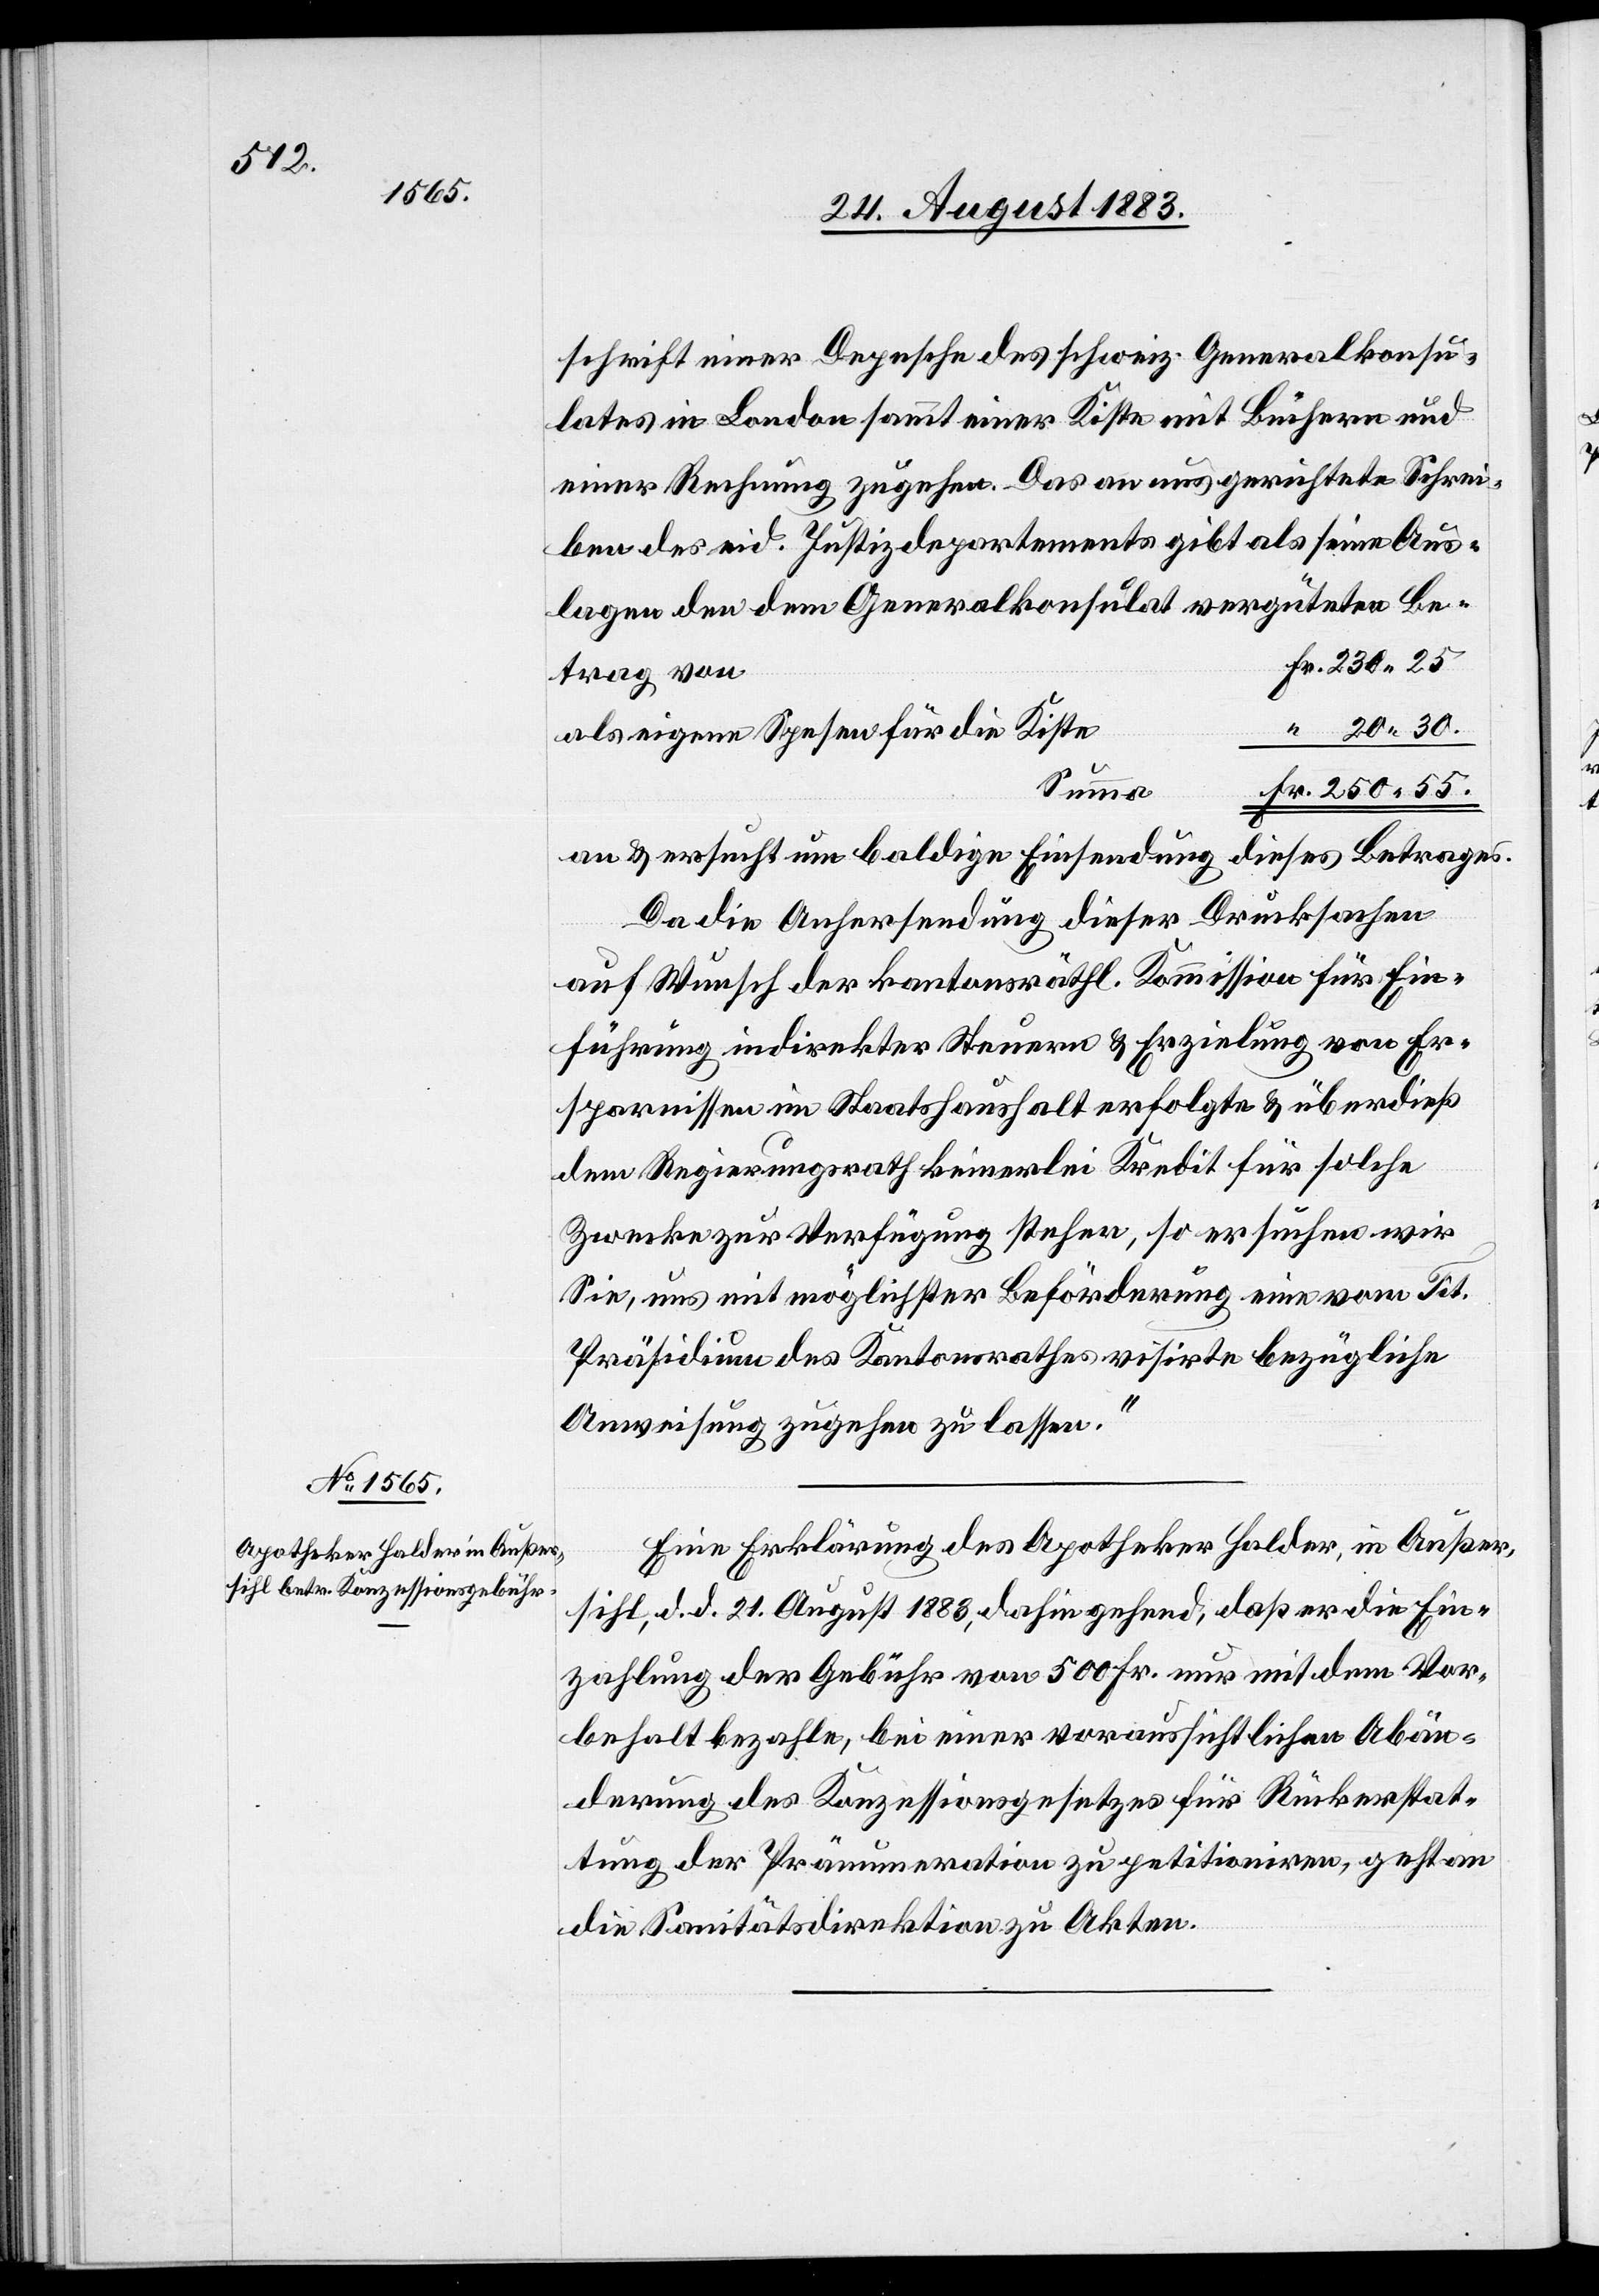
schrift einer Depesche des schweiz. Generalskonsu¬
lates in London sammt einer Kiste mit Büchern und
einer Rechnung zugehen. Das an uns gerichtete Schrei¬
ben des eid. Justizdepartements gibt als seine
lage den dem Generalskonsulat vergüteten Be¬
trag von
als eigene Spesen für die Kiste
“
Summa
an & ersucht um baldige Einsendung
dieses Betrages.
Da die Anhersendung dieser Drucksachen
auf Wunsch der kantonsräthl. Kommission für Ein¬
führung indirekter Steuern & Erzielung von Er¬
sparnissen im Staatshaushalt erfolgte & überdieß
dem Regierungsrath keinerlei Kredit für solche
Zwecke zur Verfügung stehen [sic!], so ersuchen wir
Sie, uns mit möglichster Beförderung einen vom Tit.
Präsidium des Kantonsrathes visirte bezügliche
Anweisung zugehen zu lassen.“
Eine Erklärung des Apotheker Halder, in Außer¬
sihl, d. d. 21. August 1883, dahin gehend, daß er die Ein¬
zahlung der Gebühr von 500 Fr. nur mit dem Vor¬
behalt bezahle, bei einer voraussichtlichen Abän¬
derung des Konzessionsgesetzes für Rückerstat¬
tung der Pränumeration zu petitioniren, geht an
die Sanitätsdirektion zu Akten.